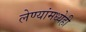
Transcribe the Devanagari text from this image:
लेण्यांमध्येही